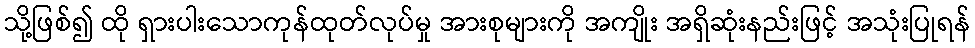
သို့ဖြစ်၍ ထို ရှားပါးသောကုန်ထုတ်လုပ်မှု အားစုများကို အကျိုး အရှိဆုံးနည်းဖြင့် အသုံးပြုရန်